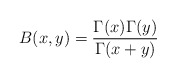
\begin{align*}B(x,y)={\Gamma(x)\Gamma(y)\over\Gamma(x+y)}\end{align*}